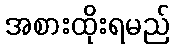
အစားထိုးရမည်